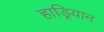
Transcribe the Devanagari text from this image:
हाड्रियान